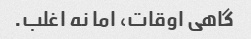
گاهی اوقات، اما نه اغلب.